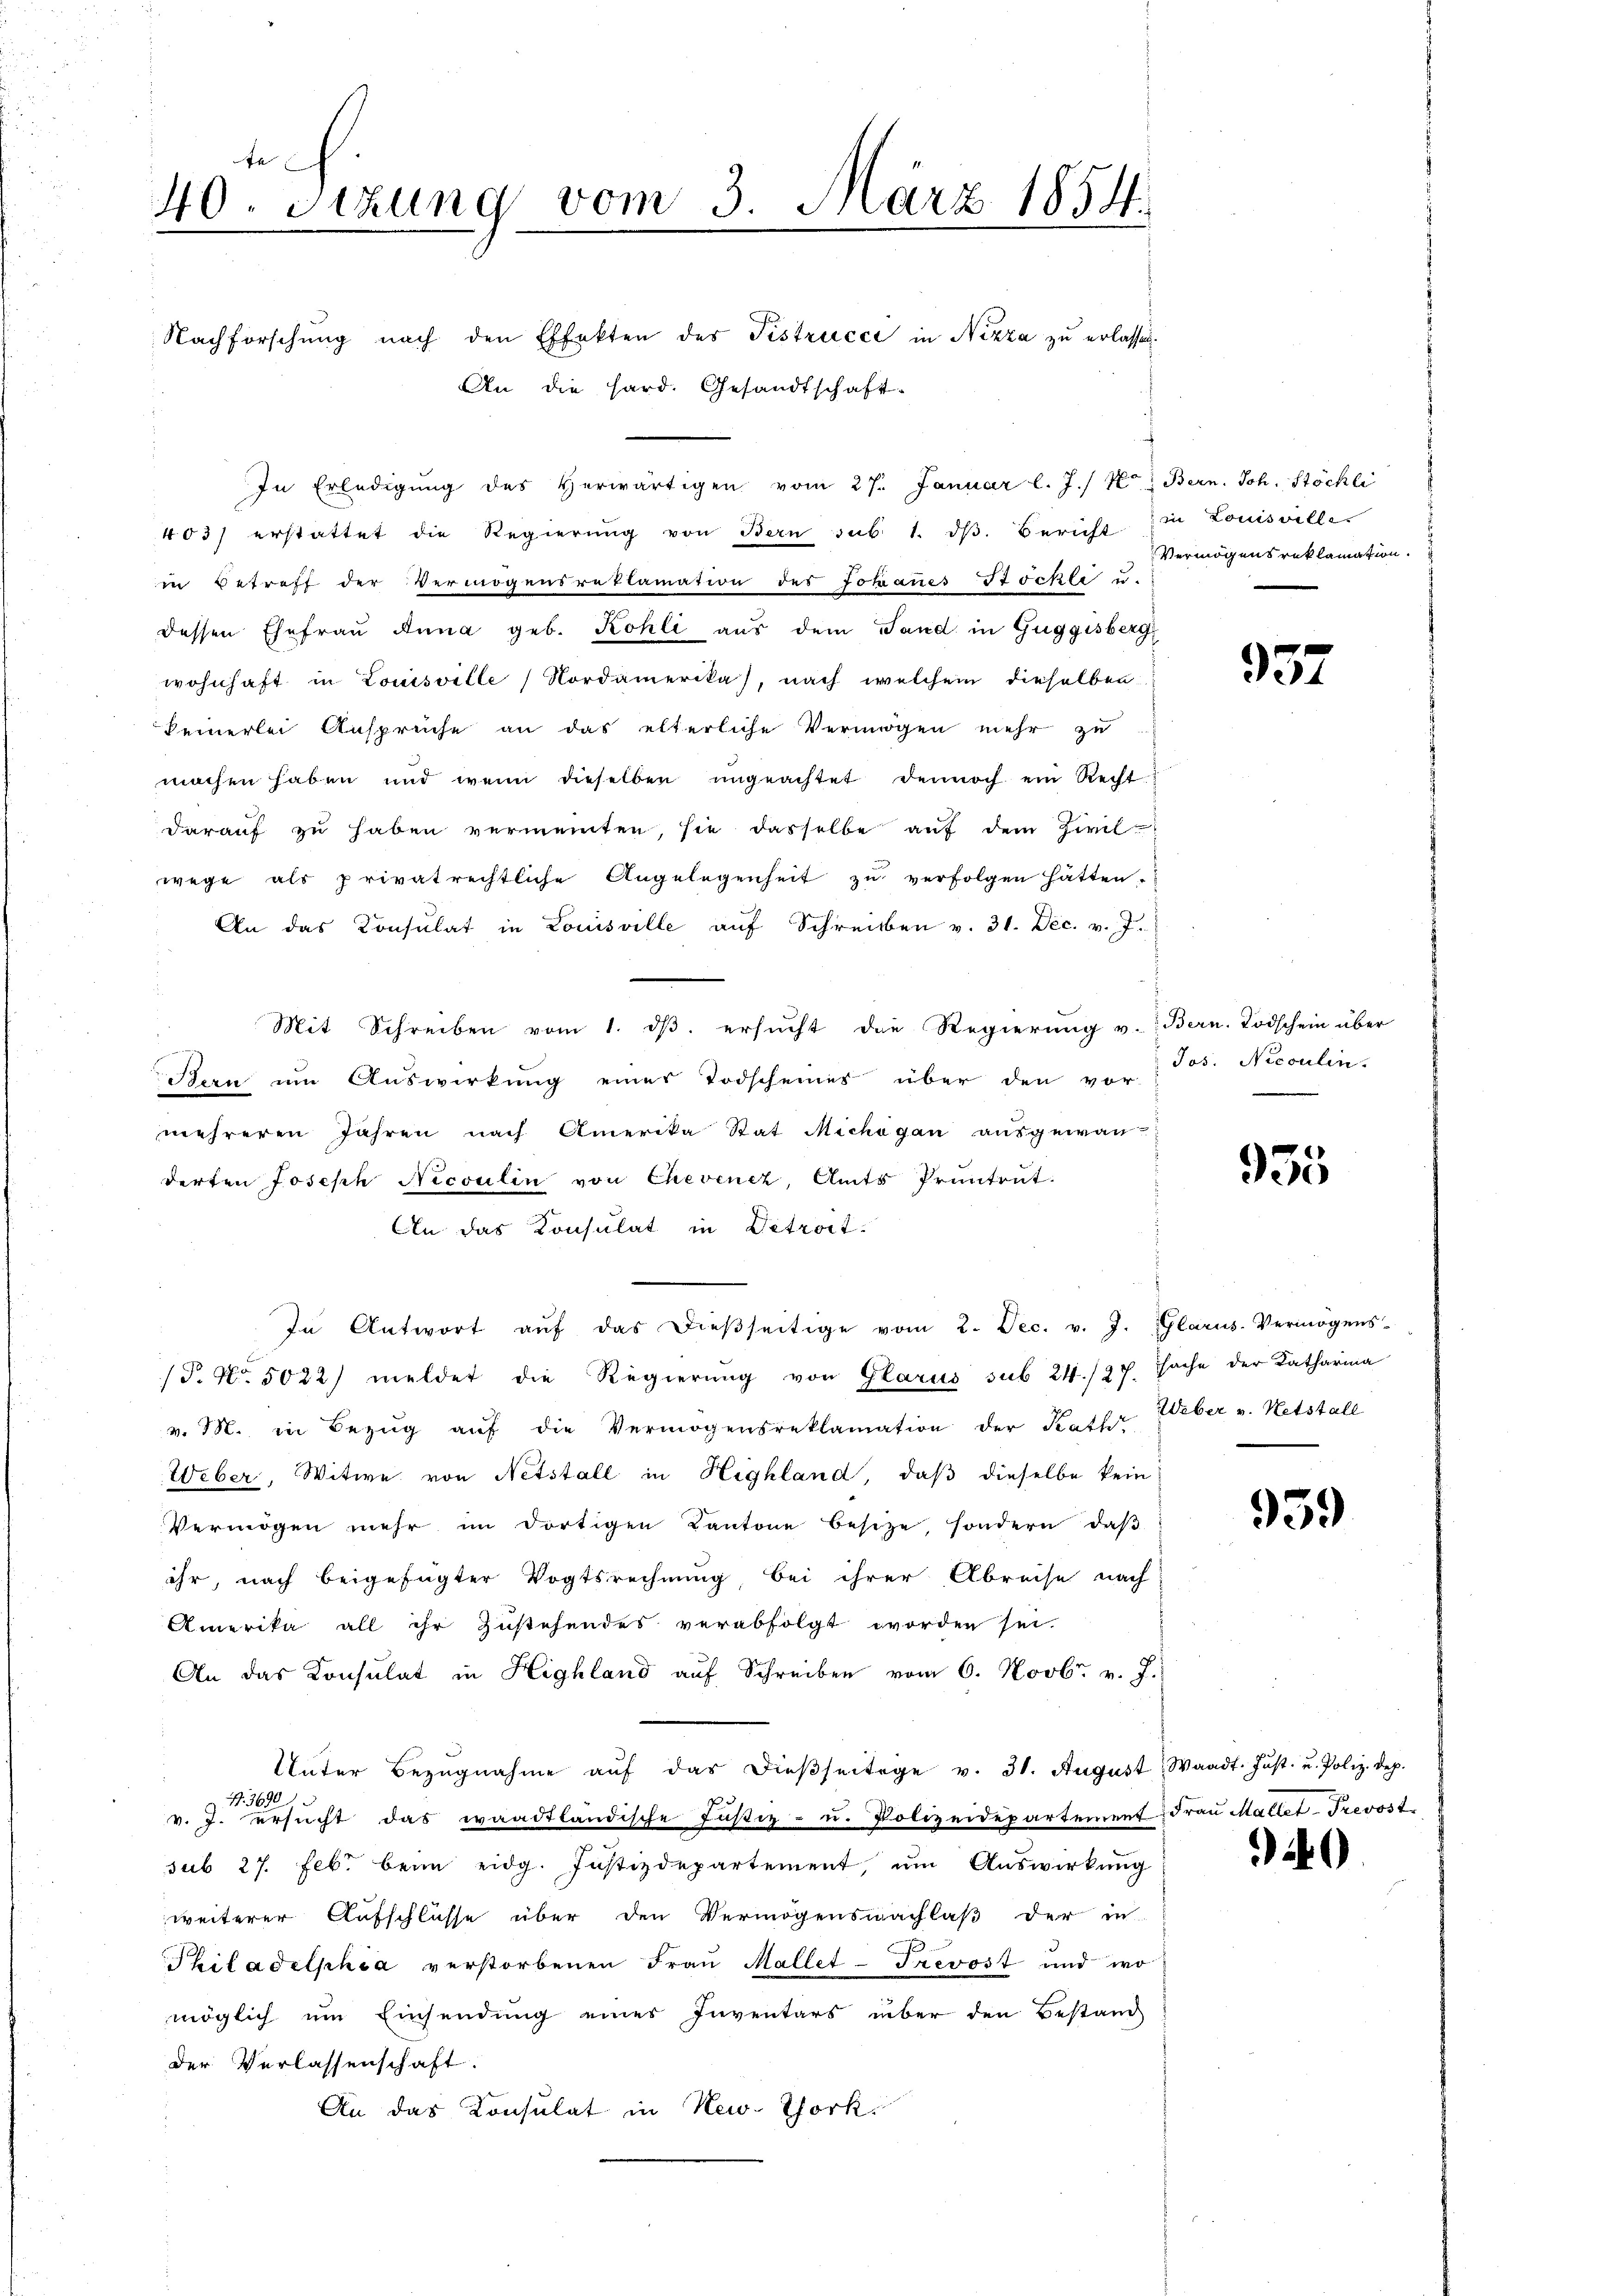
th.
40. Sitzung vom 3. März 1854.
¬

Nachforschung nach den Effekten des Fistrucci in Nizza zu erlassen.
An die Hard. Gesandtschaft-
In Erledigung des herwärtigen vom 27. Januar l. J. / M. Bern. Joh. Stöchli
403) erstattet die Regierŭng von Bern sub 1. dβ. Bericht
in Betreff der Vermögensrettamation des Johanes Tochte u.
dessen Ehefrau Anna geb. Kohli aus dem Sand in Guggisberg
wohnhaft in Louisville, Nordamerika), nach welchem dieselben
keinerlei Ansprüche an das elterliche Vermögen mehr zu
machen haben und wenn dieselben ungeachtet dennoch ein Recht
darauf zu haben vermeinten, sie dasselbe aŭf dem Zivil-
wege als privatrechtliche Angelegenheit zŭ verfolgen hätten.
An das Consulat in Louisville auf Schreiben v. 31. Dec. v. J.
Mit Schreiben vom 1. dβ. ersŭcht die Regierŭng v. Bern. Todschein über
Bern im Auswirkŭng eines Todscheines über den vor-
mehreren Jahren nach Amerika Stat Michogan ausgewan-
derten Joseph Nicoulin von Chevenez, Amts Prüntent.
An das Konsulat in Detroit.
In Antwort aŭf das dieβseitige vom 2. Dec. v. J. Glarus. Vermögens-
(P. Nr. 5022) meldet die Regierŭng von Glarus sub 24./27. Sache der Katharina
v. M. in Bezŭg aŭf die Vermögensreklamation der Kath
Weber, Witwe von Netstall in Highland, daß dieselbe kein
Vermögen mehr im dortigen Kantone besitze, sondern, daß
ihr, nach beigefügter Vogtsrechnung bei ihrer Abreise nach
Amerika all ihr Zustehendes verabfolgt worden sei.
An das Konsulat in Highland aŭf Schreiben vom 6. Novbr. v. J.
Unter Bezŭgnahme aŭf das dieβseitige v. 31. August Waadt. Jŭst. u. Poliz. Dep.
 3690
v. J. ersŭcht das waadtländische Justiz- u. Polizeidepartement Fraŭ Maller-Trevost.
sub 27. Febr. beim eidg. Justizdepartement, um Auswirkung
weiterer Aufschlüsse über den Vermögensnachlaß der in
Philadelphia verstorbenen Frau Mallet-Trevost und wo
möglich um Einsendung eines Inventars über den Bestand
der Verlassenschaft.
An das Konsulat in New. Thork

in Louisville.
Vermögens reklamation

937

Jos. Nicoulin.

955.

Weber v. Netstall

959

40